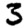
Digit: 3